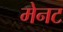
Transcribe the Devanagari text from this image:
मेनट